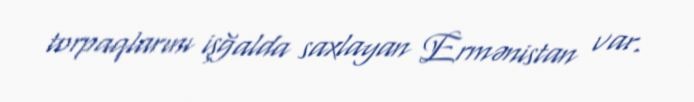
torpaqlarını işğalda saxlayan Ermənistan var.